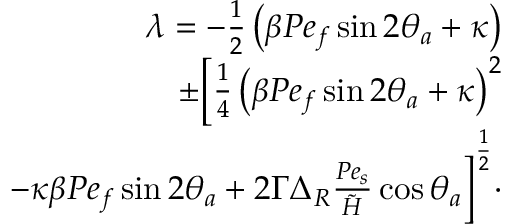
\begin{array} { r l r } & { } & { \lambda = - \frac { 1 } { 2 } \left( \beta P e _ { f } \sin 2 \theta _ { a } + \kappa \right) } \\ & { } & { \quad \quad \pm \bigg [ \frac { 1 } { 4 } \left( \beta P e _ { f } \sin 2 \theta _ { a } + \kappa \right) ^ { 2 } } \\ & { } & { \quad \quad - \kappa \beta P e _ { f } \sin 2 \theta _ { a } + 2 \Gamma \Delta _ { R } \frac { P e _ { s } } { \tilde { H } } \cos \theta _ { a } \bigg ] ^ { \frac { 1 } { 2 } } \cdot } \end{array}